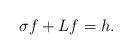
LaTeX: \begin{align*} \sigma f + Lf=h. \end{align*}